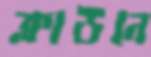
ক্লাউনে